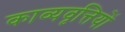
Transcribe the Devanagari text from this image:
काव्यवृत्तियों